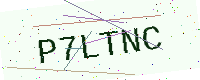
Text: P7LTNC